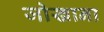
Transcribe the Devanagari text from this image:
जोखाना